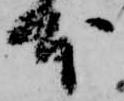
本